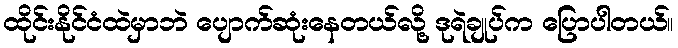
ထိုင်းနိုင်ငံထဲမှာဘဲ ပျောက်ဆုံးနေတယ်လို့ ဒုရဲချုပ်က ပြောပါတယ်။